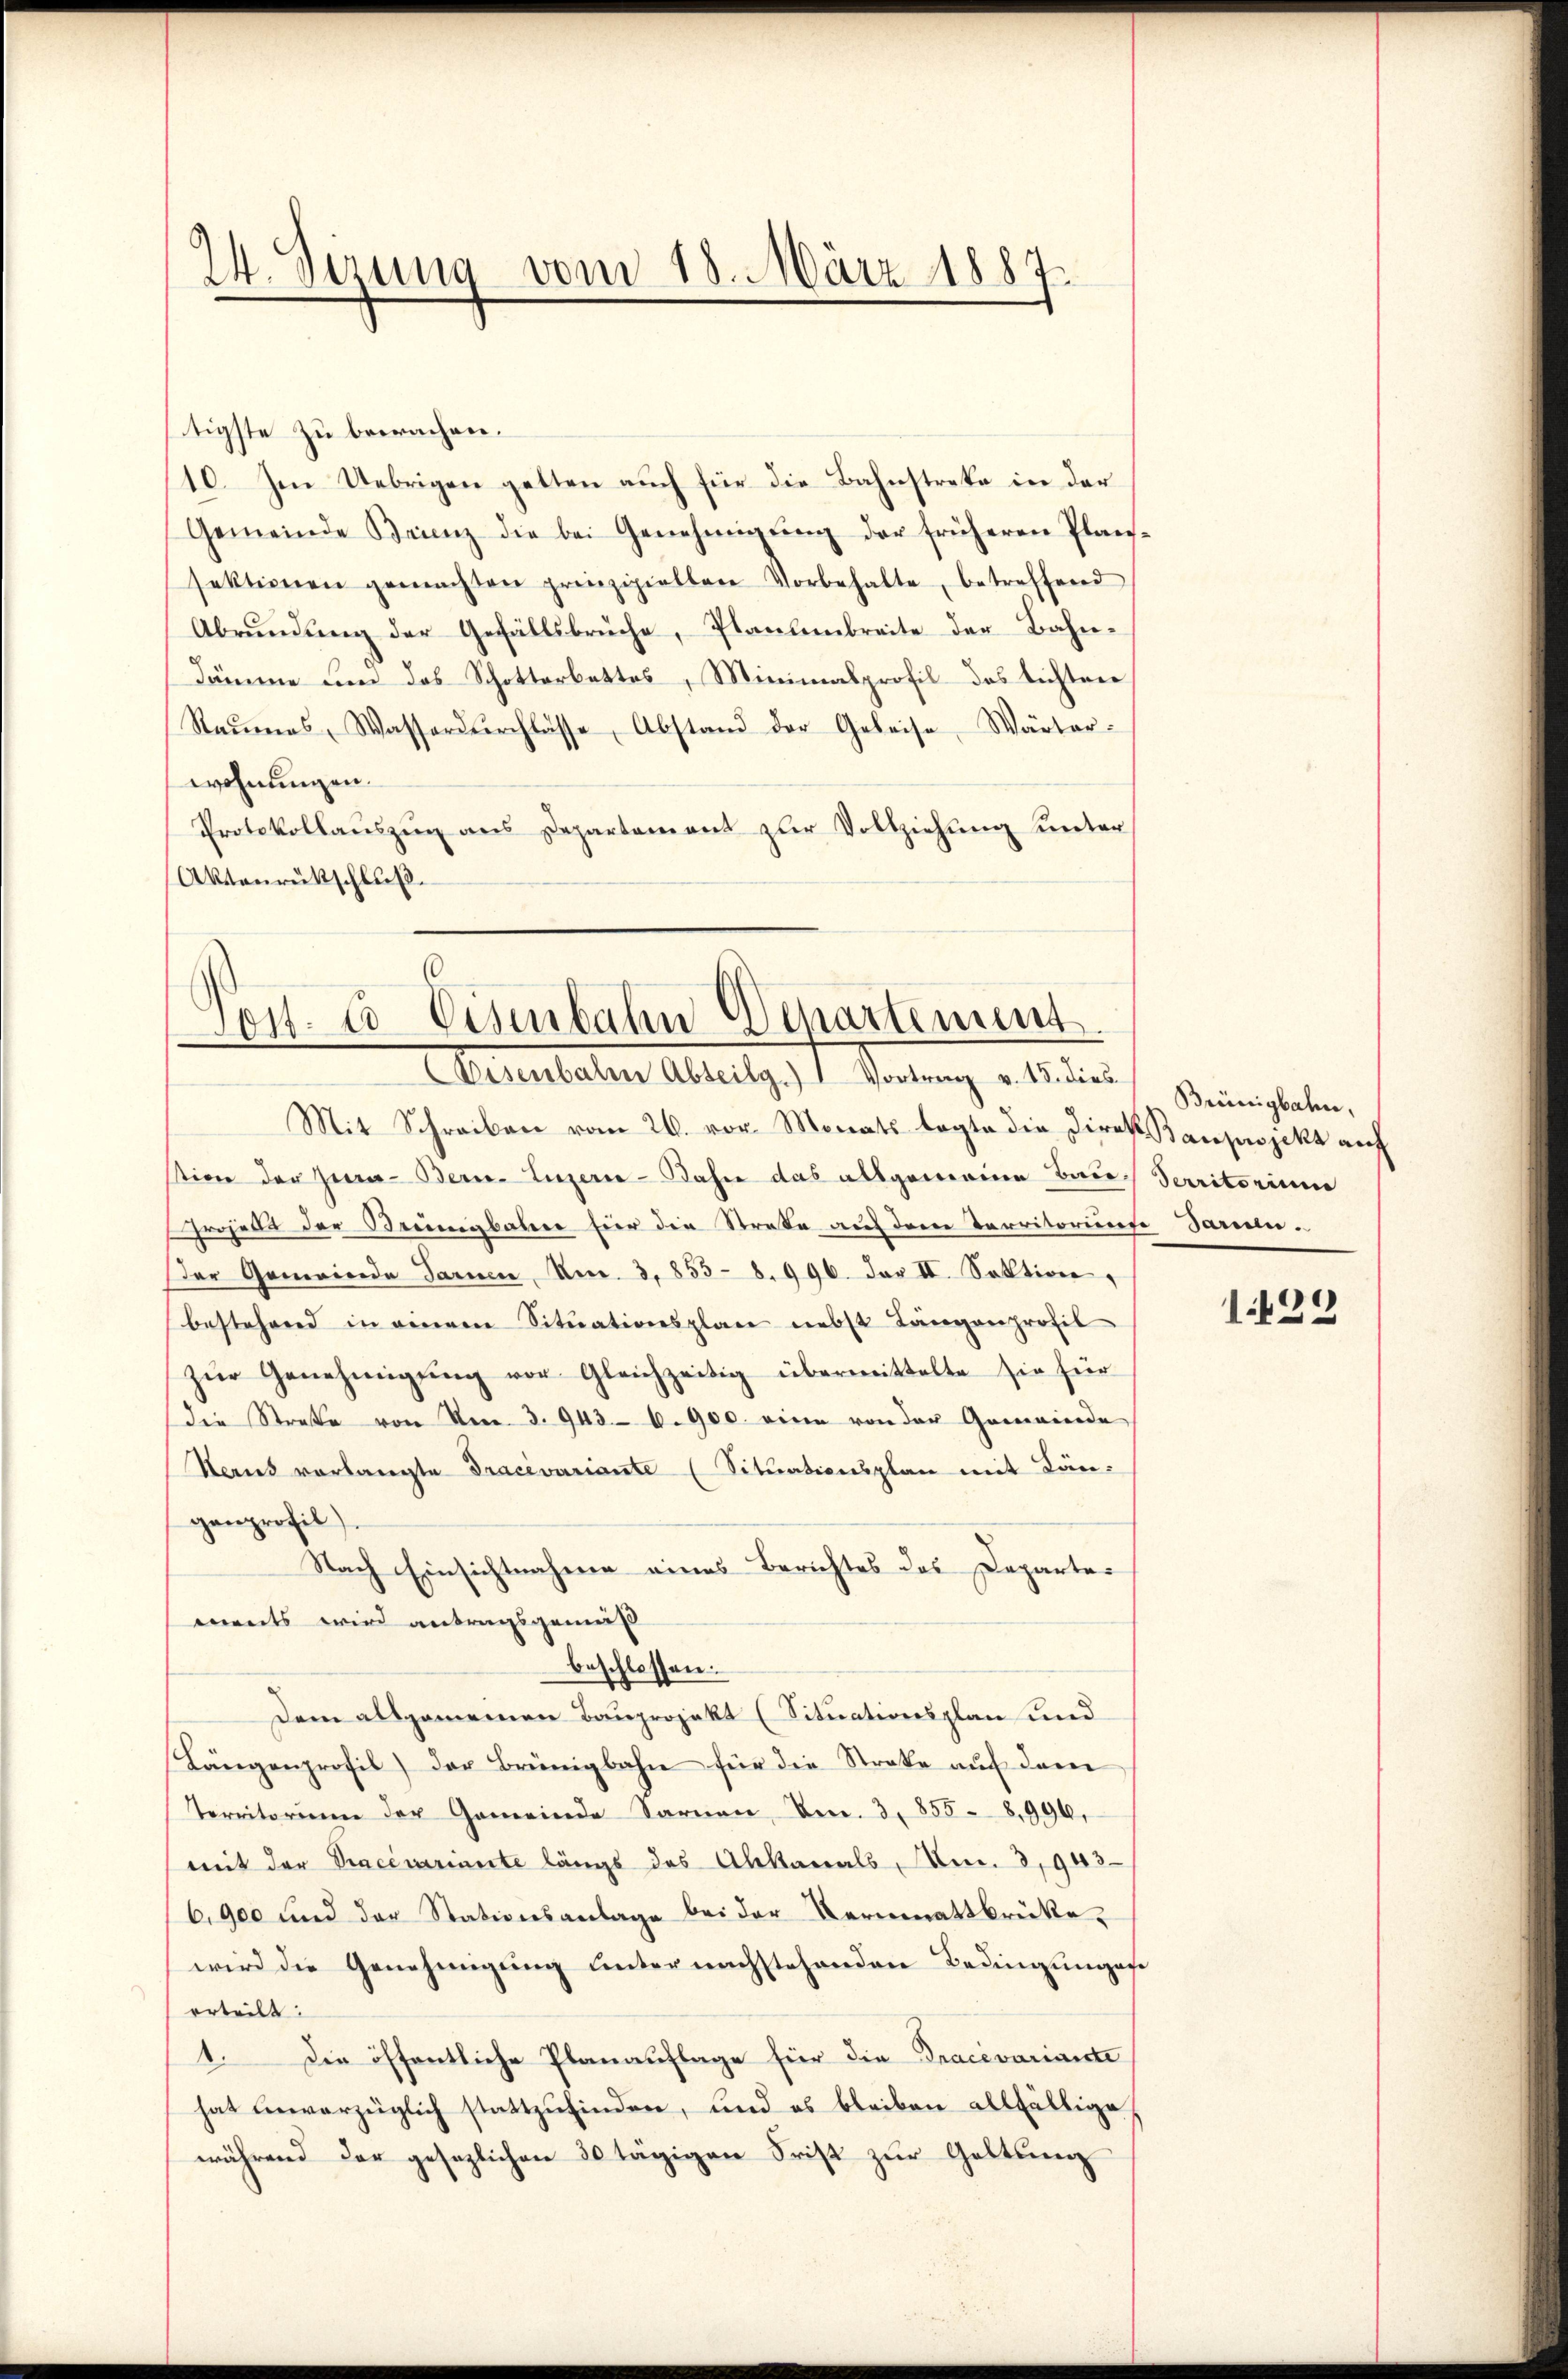
24. Sizung vom 18. März 1887.

tigste zu beerachen.
10. Im Uebrigen getten auch für die Bahnstreke in der
Gemeinde Brinz die bei Genehmigŭng der früheren Plan-
sektionen gemachten prinzipielten Vorbehalte, betreffend
Abrundung der Gefällsbrüche, Plantenbreite der Bahn¬
Dämme um das Schotterbettes, Minimalprofil des Lichten
Raŭmas Wasserdŭrchlasse, Abstand der Gebeise Wärter-
wohnungen.
Protokollauszug aus Departement zur Vollziehung unter
(Aktenrückschluß.

.
Post. u. Eisenbahn Departement
Deventaten Abselig, 1. Vorlang einders Semingaben,

Mit Schreiben vom 26. vor. Monats legte die Direk Bauprojekt auf
stion der Jura - Bern. Luzern - Bahn das allgemeine Bau Territorium
sroject der Beeinigbahre für die Straße auf dem Territorium darein¬
Der Gemeinde Sarnen Mn. 3, 855- 8. 996. Dar II. Sektion,
bestehend in einem Sitŭationsplan nebst Längenprofil
zŭr Genehmigung vor Gleichzeitig übermittelte sie für
die Straße von den 3. 943. 6.900. eine von der Gemeinde
Series vorlangte Tracevariante (Situationsplan mit Längenprofil).
Nach Einsichtnahme eines Berichtes des Departements wird antragsgemäß
beschlossen:
Dem allgemeinen Bauprojekt (Situationsplan und
Längenprofil) der Brünigbahn für die Streke auf dem
Territorium der Gemeinde Sarnen, Um. 3, 855 - 8,990.
mit der Tracerinnte längs das Abkanals, Am. 3,943
6,900 und der Stationsanlage bei der Vermenattbrükewird die Genehmigung unter nachstehenden Bedingungese
erteilt:
1. Die öffentliche Planauflage für die Pracevariante
hat hievorzüglich stattzufinden, und es bleiben allfällige
während der gesezlichen 30 tägigen Frist zur Geltung

1429